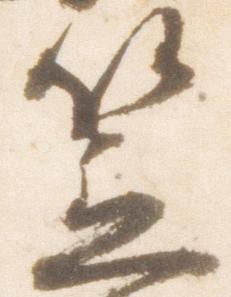
笠